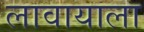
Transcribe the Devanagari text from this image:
लावायाला